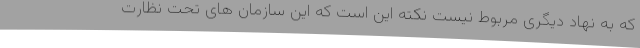
که به نهاد دیگری مربوط نیست نکته این است که این سازمان های تحت نظارت